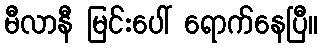
မီလာနီ မြင်းပေါ် ရောက်နေပြီ။